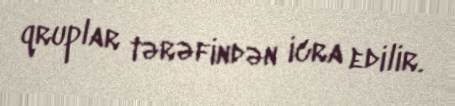
qruplar tərəfindən icra edilir.